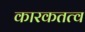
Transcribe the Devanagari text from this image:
कारकतत्व